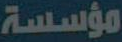
مؤسسة